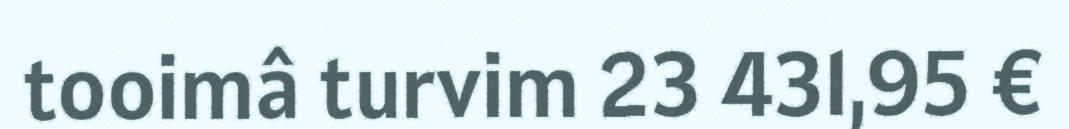
tooimâ turvim 23 431,95 €